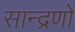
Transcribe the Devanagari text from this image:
सान्द्रणों